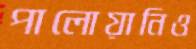
পালোয়ানিও